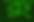
কু